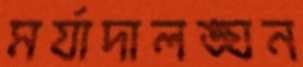
মর্যাদালঙ্ঘন